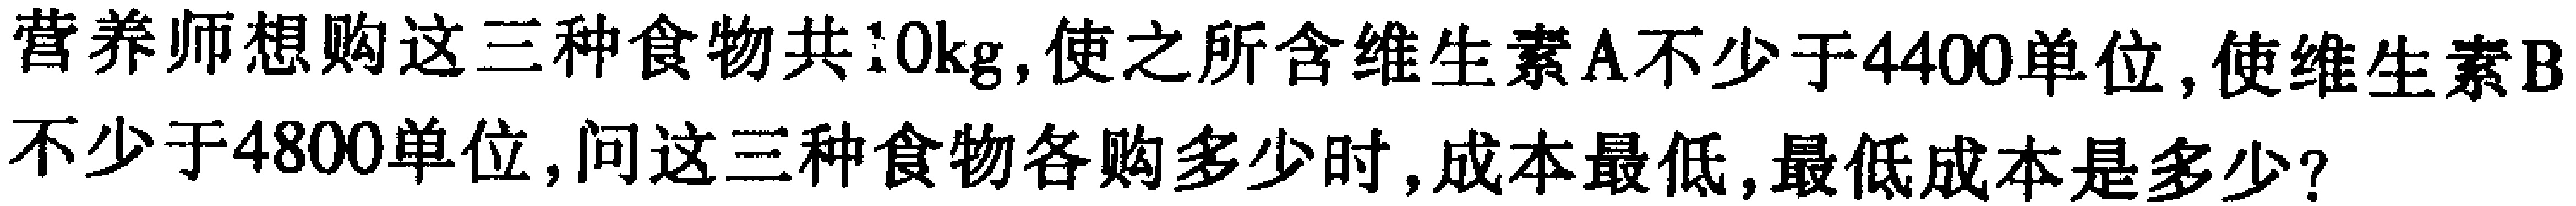
营养师想购这三种食物共\(10\text{kg}\),使之所含维生素A不少于\(4400\)单位,使维生素B不少于\(4800\)单位,问这三种食物各购多少时,成本最低,最低成本是多少?